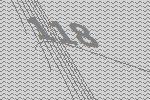
118